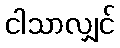
ငါသာလျှင်